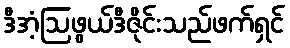
ဒီအံ့ဩဖွယ်ဒီဇိုင်းသည်ဖက်ရှင်